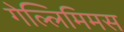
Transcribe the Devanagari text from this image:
गेल्‍लिमिमस